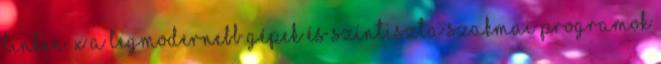
linken. x A legmodernebb gépek és színtiszta szakmai programok